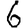
Digit: 6